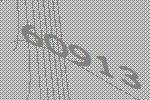
60913